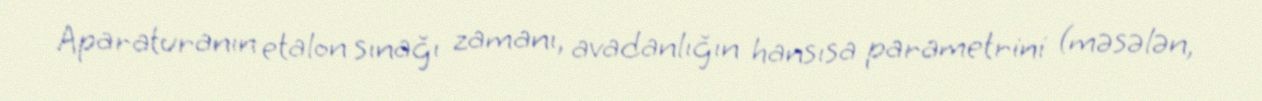
Aparaturanın etalon sınağı zamanı, avadanlığın hansısa parametrini (məsələn,